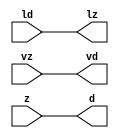
// ================================================================
// NVDLA Open Source Project
//
// Copyright(c) 2016 - 2017 NVIDIA Corporation. Licensed under the
// NVDLA Open Hardware License; Check "LICENSE" which comes with
// this distribution for more information.
// ================================================================
module FP16_TO_FP17_mgc_in_wire_wait_v1 (ld, vd, d, lz, vz, z);
  parameter integer rscid = 1;
  parameter integer width = 8;
  input ld;
  output vd;
  output [width-1:0] d;
  output lz;
  input vz;
  input [width-1:0] z;
  wire vd;
  wire [width-1:0] d;
  wire lz;
  assign d = z;
  assign lz = ld;
  assign vd = vz;
endmodule
//------> /home/tools/calypto/catapult-10.0-264918/Mgc_home/pkgs/siflibs/FP16_TO_FP17_mgc_out_stdreg_wait_v1.v
//------------------------------------------------------------------------------
// Catapult Synthesis - Sample I/O Port Library
//
// Copyright (c) 2003-2015 Mentor Graphics Corp.
// All Rights Reserved
//
// This document may be used and distributed without restriction provided that
// this copyright statement is not removed from the file and that any derivative
// work contains this copyright notice.
//
// The design information contained in this file is intended to be an example
// of the functionality which the end user may study in preparation for creating
// their own custom interfaces. This design does not necessarily present a
// complete implementation of the named protocol or standard.
//
//------------------------------------------------------------------------------
module FP16_TO_FP17_mgc_out_stdreg_wait_v1 (ld, vd, d, lz, vz, z);
  parameter integer rscid = 1;
  parameter integer width = 8;
  input ld;
  output vd;
  input [width-1:0] d;
  output lz;
  input vz;
  output [width-1:0] z;
  wire vd;
  wire lz;
  wire [width-1:0] z;
  assign z = d;
  assign lz = ld;
  assign vd = vz;
endmodule
//------> /home/tools/calypto/catapult-10.0-264918/Mgc_home/pkgs/siflibs/mgc_shift_l_beh_v4.v
module FP16_TO_FP17_mgc_shift_l_v4(a,s,z);
   parameter width_a = 4;
   parameter signd_a = 1;
   parameter width_s = 2;
   parameter width_z = 8;
   input [width_a-1:0] a;
   input [width_s-1:0] s;
   output [width_z -1:0] z;
   generate
   if (signd_a)
   begin: SIGNED
      assign z = fshl_u(a,s,a[width_a-1]);
   end
   else
   begin: UNSIGNED
      assign z = fshl_u(a,s,1'b0);
   end
   endgenerate
//Shift-left - unsigned shift argument one bit more
   function [width_z-1:0] fshl_u_1;
      input [width_a :0] arg1;
      input [width_s-1:0] arg2;
      input sbit;
      parameter olen = width_z;
      parameter ilen = width_a+1;
      parameter len = (ilen >= olen) ? ilen : olen;
      reg [len-1:0] result;
      reg [len-1:0] result_t;
      begin
        result_t = {(len){sbit}};
        result_t[ilen-1:0] = arg1;
        result = result_t <<< arg2;
        fshl_u_1 = result[olen-1:0];
      end
   endfunction // fshl_u
//Shift-left - unsigned shift argument
   function [width_z-1:0] fshl_u;
      input [width_a-1:0] arg1;
      input [width_s-1:0] arg2;
      input sbit;
      fshl_u = fshl_u_1({sbit,arg1} ,arg2, sbit);
   endfunction // fshl_u
endmodule
//------> ../td_ccore_solutions/leading_sign_10_0_9ac8f64992538a762a5a05a903e0d3de3d5a_0/rtl.v
// ----------------------------------------------------------------------
// HLS HDL: Verilog Netlister
// HLS Version: 10.0/264918 Production Release
// HLS Date: Mon Aug 8 13:35:54 PDT 2016
//
// Generated by: ezhang@hk-sim-11-197
// Generated date: Tue Nov 15 18:05:52 2016
// ----------------------------------------------------------------------
//
// ------------------------------------------------------------------
// Design Unit: FP16_TO_FP17_leading_sign_10_0
// ------------------------------------------------------------------
module FP16_TO_FP17_leading_sign_10_0 (
  mantissa, rtn
);
  input [9:0] mantissa;
  output [3:0] rtn;
// Interconnect Declarations
  wire IntLeadZero_10U_leading_sign_10_0_rtn_wrs_c_6_2_sdt_2;
  wire IntLeadZero_10U_leading_sign_10_0_rtn_wrs_c_18_3_sdt_3;
  wire IntLeadZero_10U_leading_sign_10_0_rtn_wrs_c_6_2_sdt_1;
  wire IntLeadZero_10U_leading_sign_10_0_rtn_wrs_c_14_2_sdt_1;
  wire c_h_1_2;
  wire c_h_1_3;
  wire IntLeadZero_10U_leading_sign_10_0_rtn_and_35_ssc;
  wire[0:0] IntLeadZero_10U_leading_sign_10_0_rtn_and_31_nl;
  wire[0:0] IntLeadZero_10U_leading_sign_10_0_rtn_IntLeadZero_10U_leading_sign_10_0_rtn_or_nl;
  wire[0:0] IntLeadZero_10U_leading_sign_10_0_rtn_IntLeadZero_10U_leading_sign_10_0_rtn_nor_6_nl;
// Interconnect Declarations for Component Instantiations
  assign IntLeadZero_10U_leading_sign_10_0_rtn_wrs_c_6_2_sdt_2 = ~((mantissa[7:6]!=2'b00));
  assign IntLeadZero_10U_leading_sign_10_0_rtn_wrs_c_6_2_sdt_1 = ~((mantissa[9:8]!=2'b00));
  assign IntLeadZero_10U_leading_sign_10_0_rtn_wrs_c_14_2_sdt_1 = ~((mantissa[5:4]!=2'b00));
  assign c_h_1_2 = IntLeadZero_10U_leading_sign_10_0_rtn_wrs_c_6_2_sdt_1 & IntLeadZero_10U_leading_sign_10_0_rtn_wrs_c_6_2_sdt_2;
  assign IntLeadZero_10U_leading_sign_10_0_rtn_wrs_c_18_3_sdt_3 = (mantissa[3:2]==2'b00)
      & IntLeadZero_10U_leading_sign_10_0_rtn_wrs_c_14_2_sdt_1;
  assign c_h_1_3 = c_h_1_2 & IntLeadZero_10U_leading_sign_10_0_rtn_wrs_c_18_3_sdt_3;
  assign IntLeadZero_10U_leading_sign_10_0_rtn_and_35_ssc = (mantissa[1:0]==2'b00)
      & c_h_1_3;
  assign IntLeadZero_10U_leading_sign_10_0_rtn_and_31_nl = c_h_1_2 & (~ IntLeadZero_10U_leading_sign_10_0_rtn_wrs_c_18_3_sdt_3);
  assign IntLeadZero_10U_leading_sign_10_0_rtn_IntLeadZero_10U_leading_sign_10_0_rtn_or_nl
      = (IntLeadZero_10U_leading_sign_10_0_rtn_wrs_c_6_2_sdt_1 & (IntLeadZero_10U_leading_sign_10_0_rtn_wrs_c_14_2_sdt_1
      | (~ IntLeadZero_10U_leading_sign_10_0_rtn_wrs_c_6_2_sdt_2)) & (~ c_h_1_3))
      | IntLeadZero_10U_leading_sign_10_0_rtn_and_35_ssc;
  assign IntLeadZero_10U_leading_sign_10_0_rtn_IntLeadZero_10U_leading_sign_10_0_rtn_nor_6_nl
      = ~((mantissa[9]) | (~((mantissa[8:7]!=2'b01))) | (((mantissa[5]) | (~((mantissa[4:3]!=2'b01))))
      & c_h_1_2) | ((mantissa[1]) & c_h_1_3) | IntLeadZero_10U_leading_sign_10_0_rtn_and_35_ssc);
  assign rtn = {c_h_1_3 , (IntLeadZero_10U_leading_sign_10_0_rtn_and_31_nl) , (IntLeadZero_10U_leading_sign_10_0_rtn_IntLeadZero_10U_leading_sign_10_0_rtn_or_nl)
      , (IntLeadZero_10U_leading_sign_10_0_rtn_IntLeadZero_10U_leading_sign_10_0_rtn_nor_6_nl)};
endmodule
//------> ./rtl.v
// ----------------------------------------------------------------------
// HLS HDL: Verilog Netlister
// HLS Version: 10.0/264918 Production Release
// HLS Date: Mon Aug 8 13:35:54 PDT 2016
//
// Generated by: ezhang@hk-sim-10-084
// Generated date: Mon Mar 20 14:08:26 2017
// ----------------------------------------------------------------------
//
// ------------------------------------------------------------------
// Design Unit: FP16_TO_FP17_chn_o_rsci_unreg
// ------------------------------------------------------------------
module FP16_TO_FP17_chn_o_rsci_unreg (
  in_0, outsig
);
  input in_0;
  output outsig;
// Interconnect Declarations for Component Instantiations
  assign outsig = in_0;
endmodule
// ------------------------------------------------------------------
// Design Unit: FP16_TO_FP17_chn_a_rsci_unreg
// ------------------------------------------------------------------
module FP16_TO_FP17_chn_a_rsci_unreg (
  in_0, outsig
);
  input in_0;
  output outsig;
// Interconnect Declarations for Component Instantiations
  assign outsig = in_0;
endmodule
// ------------------------------------------------------------------
// Design Unit: HLS_fp16_to_fp17_core_core_fsm
// FSM Module
// ------------------------------------------------------------------
module HLS_fp16_to_fp17_core_core_fsm (
  nvdla_core_clk, nvdla_core_rstn, core_wen, fsm_output
);
  input nvdla_core_clk;
  input nvdla_core_rstn;
  input core_wen;
  output [1:0] fsm_output;
  reg [1:0] fsm_output;
// FSM State Type Declaration for HLS_fp16_to_fp17_core_core_fsm_1
  parameter
    core_rlp_C_0 = 1'd0,
    main_C_0 = 1'd1;
  reg [0:0] state_var;
  reg [0:0] state_var_NS;
// Interconnect Declarations for Component Instantiations
  always @(*)
  begin : HLS_fp16_to_fp17_core_core_fsm_1
    case (state_var)
      main_C_0 : begin
        fsm_output = 2'b10;
        state_var_NS = main_C_0;
      end
// core_rlp_C_0
      default : begin
        fsm_output = 2'b1;
        state_var_NS = main_C_0;
      end
    endcase
  end
  always @(posedge nvdla_core_clk or negedge nvdla_core_rstn) begin
    if ( ~ nvdla_core_rstn ) begin
      state_var <= core_rlp_C_0;
    end
    else if ( core_wen ) begin
      state_var <= state_var_NS;
    end
  end
endmodule
// ------------------------------------------------------------------
// Design Unit: HLS_fp16_to_fp17_core_staller
// ------------------------------------------------------------------
module HLS_fp16_to_fp17_core_staller (
  nvdla_core_clk, nvdla_core_rstn, core_wen, chn_a_rsci_wen_comp, core_wten, chn_o_rsci_wen_comp
);
  input nvdla_core_clk;
  input nvdla_core_rstn;
  output core_wen;
  input chn_a_rsci_wen_comp;
  output core_wten;
  reg core_wten;
  input chn_o_rsci_wen_comp;
// Interconnect Declarations for Component Instantiations
  assign core_wen = chn_a_rsci_wen_comp & chn_o_rsci_wen_comp;
  always @(posedge nvdla_core_clk or negedge nvdla_core_rstn) begin
    if ( ~ nvdla_core_rstn ) begin
      core_wten <= 1'b0;
    end
    else begin
      core_wten <= ~ core_wen;
    end
  end
endmodule
// ------------------------------------------------------------------
// Design Unit: HLS_fp16_to_fp17_core_chn_o_rsci_chn_o_wait_dp
// ------------------------------------------------------------------
module HLS_fp16_to_fp17_core_chn_o_rsci_chn_o_wait_dp (
  nvdla_core_clk, nvdla_core_rstn, chn_o_rsci_oswt, chn_o_rsci_bawt, chn_o_rsci_wen_comp,
      chn_o_rsci_biwt, chn_o_rsci_bdwt
);
  input nvdla_core_clk;
  input nvdla_core_rstn;
  input chn_o_rsci_oswt;
  output chn_o_rsci_bawt;
  output chn_o_rsci_wen_comp;
  input chn_o_rsci_biwt;
  input chn_o_rsci_bdwt;
// Interconnect Declarations
  reg chn_o_rsci_bcwt;
// Interconnect Declarations for Component Instantiations
  assign chn_o_rsci_bawt = chn_o_rsci_biwt | chn_o_rsci_bcwt;
  assign chn_o_rsci_wen_comp = (~ chn_o_rsci_oswt) | chn_o_rsci_bawt;
  always @(posedge nvdla_core_clk or negedge nvdla_core_rstn) begin
    if ( ~ nvdla_core_rstn ) begin
      chn_o_rsci_bcwt <= 1'b0;
    end
    else begin
      chn_o_rsci_bcwt <= ~((~(chn_o_rsci_bcwt | chn_o_rsci_biwt)) | chn_o_rsci_bdwt);
    end
  end
endmodule
// ------------------------------------------------------------------
// Design Unit: HLS_fp16_to_fp17_core_chn_o_rsci_chn_o_wait_ctrl
// ------------------------------------------------------------------
module HLS_fp16_to_fp17_core_chn_o_rsci_chn_o_wait_ctrl (
  nvdla_core_clk, nvdla_core_rstn, chn_o_rsci_oswt, core_wen, core_wten, chn_o_rsci_iswt0,
      chn_o_rsci_ld_core_psct, chn_o_rsci_biwt, chn_o_rsci_bdwt, chn_o_rsci_ld_core_sct,
      chn_o_rsci_vd
);
  input nvdla_core_clk;
  input nvdla_core_rstn;
  input chn_o_rsci_oswt;
  input core_wen;
  input core_wten;
  input chn_o_rsci_iswt0;
  input chn_o_rsci_ld_core_psct;
  output chn_o_rsci_biwt;
  output chn_o_rsci_bdwt;
  output chn_o_rsci_ld_core_sct;
  input chn_o_rsci_vd;
// Interconnect Declarations
  wire chn_o_rsci_ogwt;
  wire chn_o_rsci_pdswt0;
  reg chn_o_rsci_icwt;
// Interconnect Declarations for Component Instantiations
  assign chn_o_rsci_pdswt0 = (~ core_wten) & chn_o_rsci_iswt0;
  assign chn_o_rsci_biwt = chn_o_rsci_ogwt & chn_o_rsci_vd;
  assign chn_o_rsci_ogwt = chn_o_rsci_pdswt0 | chn_o_rsci_icwt;
  assign chn_o_rsci_bdwt = chn_o_rsci_oswt & core_wen;
  assign chn_o_rsci_ld_core_sct = chn_o_rsci_ld_core_psct & chn_o_rsci_ogwt;
  always @(posedge nvdla_core_clk or negedge nvdla_core_rstn) begin
    if ( ~ nvdla_core_rstn ) begin
      chn_o_rsci_icwt <= 1'b0;
    end
    else begin
      chn_o_rsci_icwt <= ~((~(chn_o_rsci_icwt | chn_o_rsci_pdswt0)) | chn_o_rsci_biwt);
    end
  end
endmodule
// ------------------------------------------------------------------
// Design Unit: HLS_fp16_to_fp17_core_chn_a_rsci_chn_a_wait_dp
// ------------------------------------------------------------------
module HLS_fp16_to_fp17_core_chn_a_rsci_chn_a_wait_dp (
  nvdla_core_clk, nvdla_core_rstn, chn_a_rsci_oswt, chn_a_rsci_bawt, chn_a_rsci_wen_comp,
      chn_a_rsci_d_mxwt, chn_a_rsci_biwt, chn_a_rsci_bdwt, chn_a_rsci_d
);
  input nvdla_core_clk;
  input nvdla_core_rstn;
  input chn_a_rsci_oswt;
  output chn_a_rsci_bawt;
  output chn_a_rsci_wen_comp;
  output [15:0] chn_a_rsci_d_mxwt;
  input chn_a_rsci_biwt;
  input chn_a_rsci_bdwt;
  input [15:0] chn_a_rsci_d;
// Interconnect Declarations
  reg chn_a_rsci_bcwt;
  reg [15:0] chn_a_rsci_d_bfwt;
// Interconnect Declarations for Component Instantiations
  assign chn_a_rsci_bawt = chn_a_rsci_biwt | chn_a_rsci_bcwt;
  assign chn_a_rsci_wen_comp = (~ chn_a_rsci_oswt) | chn_a_rsci_bawt;
  assign chn_a_rsci_d_mxwt = MUX_v_16_2_2(chn_a_rsci_d, chn_a_rsci_d_bfwt, chn_a_rsci_bcwt);
  always @(posedge nvdla_core_clk or negedge nvdla_core_rstn) begin
    if ( ~ nvdla_core_rstn ) begin
      chn_a_rsci_bcwt <= 1'b0;
      chn_a_rsci_d_bfwt <= 16'b0;
    end
    else begin
      chn_a_rsci_bcwt <= ~((~(chn_a_rsci_bcwt | chn_a_rsci_biwt)) | chn_a_rsci_bdwt);
      chn_a_rsci_d_bfwt <= chn_a_rsci_d_mxwt;
    end
  end
  function [15:0] MUX_v_16_2_2;
    input [15:0] input_0;
    input [15:0] input_1;
    input [0:0] sel;
    reg [15:0] result;
  begin
    case (sel)
      1'b0 : begin
        result = input_0;
      end
      default : begin
        result = input_1;
      end
    endcase
    MUX_v_16_2_2 = result;
  end
  endfunction
endmodule
// ------------------------------------------------------------------
// Design Unit: HLS_fp16_to_fp17_core_chn_a_rsci_chn_a_wait_ctrl
// ------------------------------------------------------------------
module HLS_fp16_to_fp17_core_chn_a_rsci_chn_a_wait_ctrl (
  nvdla_core_clk, nvdla_core_rstn, chn_a_rsci_oswt, core_wen, chn_a_rsci_iswt0, chn_a_rsci_ld_core_psct,
      core_wten, chn_a_rsci_biwt, chn_a_rsci_bdwt, chn_a_rsci_ld_core_sct, chn_a_rsci_vd
);
  input nvdla_core_clk;
  input nvdla_core_rstn;
  input chn_a_rsci_oswt;
  input core_wen;
  input chn_a_rsci_iswt0;
  input chn_a_rsci_ld_core_psct;
  input core_wten;
  output chn_a_rsci_biwt;
  output chn_a_rsci_bdwt;
  output chn_a_rsci_ld_core_sct;
  input chn_a_rsci_vd;
// Interconnect Declarations
  wire chn_a_rsci_ogwt;
  wire chn_a_rsci_pdswt0;
  reg chn_a_rsci_icwt;
// Interconnect Declarations for Component Instantiations
  assign chn_a_rsci_pdswt0 = (~ core_wten) & chn_a_rsci_iswt0;
  assign chn_a_rsci_biwt = chn_a_rsci_ogwt & chn_a_rsci_vd;
  assign chn_a_rsci_ogwt = chn_a_rsci_pdswt0 | chn_a_rsci_icwt;
  assign chn_a_rsci_bdwt = chn_a_rsci_oswt & core_wen;
  assign chn_a_rsci_ld_core_sct = chn_a_rsci_ld_core_psct & chn_a_rsci_ogwt;
  always @(posedge nvdla_core_clk or negedge nvdla_core_rstn) begin
    if ( ~ nvdla_core_rstn ) begin
      chn_a_rsci_icwt <= 1'b0;
    end
    else begin
      chn_a_rsci_icwt <= ~((~(chn_a_rsci_icwt | chn_a_rsci_pdswt0)) | chn_a_rsci_biwt);
    end
  end
endmodule
// ------------------------------------------------------------------
// Design Unit: HLS_fp16_to_fp17_core_chn_o_rsci
// ------------------------------------------------------------------
module HLS_fp16_to_fp17_core_chn_o_rsci (
  nvdla_core_clk, nvdla_core_rstn, chn_o_rsc_z, chn_o_rsc_vz, chn_o_rsc_lz, chn_o_rsci_oswt,
      core_wen, core_wten, chn_o_rsci_iswt0, chn_o_rsci_bawt, chn_o_rsci_wen_comp,
      chn_o_rsci_ld_core_psct, chn_o_rsci_d
);
  input nvdla_core_clk;
  input nvdla_core_rstn;
  output [16:0] chn_o_rsc_z;
  input chn_o_rsc_vz;
  output chn_o_rsc_lz;
  input chn_o_rsci_oswt;
  input core_wen;
  input core_wten;
  input chn_o_rsci_iswt0;
  output chn_o_rsci_bawt;
  output chn_o_rsci_wen_comp;
  input chn_o_rsci_ld_core_psct;
  input [16:0] chn_o_rsci_d;
// Interconnect Declarations
  wire chn_o_rsci_biwt;
  wire chn_o_rsci_bdwt;
  wire chn_o_rsci_ld_core_sct;
  wire chn_o_rsci_vd;
// Interconnect Declarations for Component Instantiations
  FP16_TO_FP17_mgc_out_stdreg_wait_v1 #(.rscid(32'sd2),
  .width(32'sd17)) chn_o_rsci (
      .ld(chn_o_rsci_ld_core_sct),
      .vd(chn_o_rsci_vd),
      .d(chn_o_rsci_d),
      .lz(chn_o_rsc_lz),
      .vz(chn_o_rsc_vz),
      .z(chn_o_rsc_z)
    );
  HLS_fp16_to_fp17_core_chn_o_rsci_chn_o_wait_ctrl HLS_fp16_to_fp17_core_chn_o_rsci_chn_o_wait_ctrl_inst
      (
      .nvdla_core_clk(nvdla_core_clk),
      .nvdla_core_rstn(nvdla_core_rstn),
      .chn_o_rsci_oswt(chn_o_rsci_oswt),
      .core_wen(core_wen),
      .core_wten(core_wten),
      .chn_o_rsci_iswt0(chn_o_rsci_iswt0),
      .chn_o_rsci_ld_core_psct(chn_o_rsci_ld_core_psct),
      .chn_o_rsci_biwt(chn_o_rsci_biwt),
      .chn_o_rsci_bdwt(chn_o_rsci_bdwt),
      .chn_o_rsci_ld_core_sct(chn_o_rsci_ld_core_sct),
      .chn_o_rsci_vd(chn_o_rsci_vd)
    );
  HLS_fp16_to_fp17_core_chn_o_rsci_chn_o_wait_dp HLS_fp16_to_fp17_core_chn_o_rsci_chn_o_wait_dp_inst
      (
      .nvdla_core_clk(nvdla_core_clk),
      .nvdla_core_rstn(nvdla_core_rstn),
      .chn_o_rsci_oswt(chn_o_rsci_oswt),
      .chn_o_rsci_bawt(chn_o_rsci_bawt),
      .chn_o_rsci_wen_comp(chn_o_rsci_wen_comp),
      .chn_o_rsci_biwt(chn_o_rsci_biwt),
      .chn_o_rsci_bdwt(chn_o_rsci_bdwt)
    );
endmodule
// ------------------------------------------------------------------
// Design Unit: HLS_fp16_to_fp17_core_chn_a_rsci
// ------------------------------------------------------------------
module HLS_fp16_to_fp17_core_chn_a_rsci (
  nvdla_core_clk, nvdla_core_rstn, chn_a_rsc_z, chn_a_rsc_vz, chn_a_rsc_lz, chn_a_rsci_oswt,
      core_wen, chn_a_rsci_iswt0, chn_a_rsci_bawt, chn_a_rsci_wen_comp, chn_a_rsci_ld_core_psct,
      chn_a_rsci_d_mxwt, core_wten
);
  input nvdla_core_clk;
  input nvdla_core_rstn;
  input [15:0] chn_a_rsc_z;
  input chn_a_rsc_vz;
  output chn_a_rsc_lz;
  input chn_a_rsci_oswt;
  input core_wen;
  input chn_a_rsci_iswt0;
  output chn_a_rsci_bawt;
  output chn_a_rsci_wen_comp;
  input chn_a_rsci_ld_core_psct;
  output [15:0] chn_a_rsci_d_mxwt;
  input core_wten;
// Interconnect Declarations
  wire chn_a_rsci_biwt;
  wire chn_a_rsci_bdwt;
  wire chn_a_rsci_ld_core_sct;
  wire chn_a_rsci_vd;
  wire [15:0] chn_a_rsci_d;
// Interconnect Declarations for Component Instantiations
  FP16_TO_FP17_mgc_in_wire_wait_v1 #(.rscid(32'sd1),
  .width(32'sd16)) chn_a_rsci (
      .ld(chn_a_rsci_ld_core_sct),
      .vd(chn_a_rsci_vd),
      .d(chn_a_rsci_d),
      .lz(chn_a_rsc_lz),
      .vz(chn_a_rsc_vz),
      .z(chn_a_rsc_z)
    );
  HLS_fp16_to_fp17_core_chn_a_rsci_chn_a_wait_ctrl HLS_fp16_to_fp17_core_chn_a_rsci_chn_a_wait_ctrl_inst
      (
      .nvdla_core_clk(nvdla_core_clk),
      .nvdla_core_rstn(nvdla_core_rstn),
      .chn_a_rsci_oswt(chn_a_rsci_oswt),
      .core_wen(core_wen),
      .chn_a_rsci_iswt0(chn_a_rsci_iswt0),
      .chn_a_rsci_ld_core_psct(chn_a_rsci_ld_core_psct),
      .core_wten(core_wten),
      .chn_a_rsci_biwt(chn_a_rsci_biwt),
      .chn_a_rsci_bdwt(chn_a_rsci_bdwt),
      .chn_a_rsci_ld_core_sct(chn_a_rsci_ld_core_sct),
      .chn_a_rsci_vd(chn_a_rsci_vd)
    );
  HLS_fp16_to_fp17_core_chn_a_rsci_chn_a_wait_dp HLS_fp16_to_fp17_core_chn_a_rsci_chn_a_wait_dp_inst
      (
      .nvdla_core_clk(nvdla_core_clk),
      .nvdla_core_rstn(nvdla_core_rstn),
      .chn_a_rsci_oswt(chn_a_rsci_oswt),
      .chn_a_rsci_bawt(chn_a_rsci_bawt),
      .chn_a_rsci_wen_comp(chn_a_rsci_wen_comp),
      .chn_a_rsci_d_mxwt(chn_a_rsci_d_mxwt),
      .chn_a_rsci_biwt(chn_a_rsci_biwt),
      .chn_a_rsci_bdwt(chn_a_rsci_bdwt),
      .chn_a_rsci_d(chn_a_rsci_d)
    );
endmodule
// ------------------------------------------------------------------
// Design Unit: HLS_fp16_to_fp17_core
// ------------------------------------------------------------------
module HLS_fp16_to_fp17_core (
  nvdla_core_clk, nvdla_core_rstn, chn_a_rsc_z, chn_a_rsc_vz, chn_a_rsc_lz, chn_o_rsc_z,
      chn_o_rsc_vz, chn_o_rsc_lz, chn_a_rsci_oswt, chn_a_rsci_oswt_unreg, chn_o_rsci_oswt,
      chn_o_rsci_oswt_unreg
);
  input nvdla_core_clk;
  input nvdla_core_rstn;
  input [15:0] chn_a_rsc_z;
  input chn_a_rsc_vz;
  output chn_a_rsc_lz;
  output [16:0] chn_o_rsc_z;
  input chn_o_rsc_vz;
  output chn_o_rsc_lz;
  input chn_a_rsci_oswt;
  output chn_a_rsci_oswt_unreg;
  input chn_o_rsci_oswt;
  output chn_o_rsci_oswt_unreg;
// Interconnect Declarations
  wire core_wen;
  reg chn_a_rsci_iswt0;
  wire chn_a_rsci_bawt;
  wire chn_a_rsci_wen_comp;
  reg chn_a_rsci_ld_core_psct;
  wire [15:0] chn_a_rsci_d_mxwt;
  wire core_wten;
  wire chn_o_rsci_bawt;
  wire chn_o_rsci_wen_comp;
  reg chn_o_rsci_d_16;
  reg [3:0] chn_o_rsci_d_13_10;
  reg [9:0] chn_o_rsci_d_9_0;
  reg chn_o_rsci_d_15;
  reg chn_o_rsci_d_14;
  wire [1:0] fsm_output;
  wire IsDenorm_5U_10U_or_tmp;
  wire and_dcpl_2;
  wire and_dcpl_8;
  wire and_dcpl_9;
  wire and_dcpl_13;
  wire or_dcpl_8;
  wire and_dcpl_19;
  wire and_38_cse;
  wire and_4_mdf;
  wire IsDenorm_5U_10U_land_lpi_1_dfm;
  wire IsInf_5U_10U_land_lpi_1_dfm;
  wire IsInf_5U_10U_IsInf_5U_10U_and_cse_sva;
  wire IsZero_5U_10U_IsZero_5U_10U_nor_cse_sva;
  wire chn_o_and_1_cse;
  reg reg_chn_o_rsci_iswt0_cse;
  reg reg_chn_o_rsci_ld_core_psct_cse;
  wire or_cse;
  wire and_6_cse;
  wire chn_o_rsci_d_9_0_mx0c1;
  wire FpExpoWidthInc_5U_6U_10U_1U_1U_FpExpoWidthInc_5U_6U_10U_1U_1U_nor_1_cse;
  wire [9:0] FpExpoWidthInc_5U_6U_10U_1U_1U_if_1_if_lshift_itm;
  wire chn_a_rsci_ld_core_psct_mx0c0;
  wire [4:0] FpExpoWidthInc_5U_6U_10U_1U_1U_if_1_if_acc_psp_sva;
  wire [5:0] nl_FpExpoWidthInc_5U_6U_10U_1U_1U_if_1_if_acc_psp_sva;
  wire IsNaN_5U_10U_land_lpi_1_dfm;
  wire [3:0] libraries_leading_sign_10_0_9ac8f64992538a762a5a05a903e0d3de3d5a_1;
  wire[0:0] iExpoWidth_oExpoWidth_prb;
  wire[0:0] FpExpoWidthInc_5U_6U_10U_1U_1U_if_1_mux_2_nl;
  wire[0:0] FpExpoWidthInc_5U_6U_10U_1U_1U_FpExpoWidthInc_5U_6U_10U_1U_1U_FpExpoWidthInc_5U_6U_10U_1U_1U_nor_nl;
  wire[9:0] FpExpoWidthInc_5U_6U_10U_1U_1U_FpExpoWidthInc_5U_6U_10U_1U_1U_or_1_nl;
  wire[0:0] nand_8_nl;
  wire[3:0] FpExpoWidthInc_5U_6U_10U_1U_1U_FpExpoWidthInc_5U_6U_10U_1U_1U_mux1h_nl;
// Interconnect Declarations for Component Instantiations
  wire [8:0] nl_FpExpoWidthInc_5U_6U_10U_1U_1U_if_1_if_lshift_rg_a;
  assign nl_FpExpoWidthInc_5U_6U_10U_1U_1U_if_1_if_lshift_rg_a = chn_a_rsci_d_mxwt[8:0];
  wire [5:0] nl_FpExpoWidthInc_5U_6U_10U_1U_1U_if_1_if_lshift_rg_s;
  assign nl_FpExpoWidthInc_5U_6U_10U_1U_1U_if_1_if_lshift_rg_s = conv_u2u_4_5(libraries_leading_sign_10_0_9ac8f64992538a762a5a05a903e0d3de3d5a_1)
      + 5'b1;
  wire [9:0] nl_leading_sign_10_0_rg_mantissa;
  assign nl_leading_sign_10_0_rg_mantissa = chn_a_rsci_d_mxwt[9:0];
  wire [16:0] nl_HLS_fp16_to_fp17_core_chn_o_rsci_inst_chn_o_rsci_d;
  assign nl_HLS_fp16_to_fp17_core_chn_o_rsci_inst_chn_o_rsci_d = {chn_o_rsci_d_16
      , chn_o_rsci_d_15 , chn_o_rsci_d_14 , chn_o_rsci_d_13_10 , chn_o_rsci_d_9_0};
  FP16_TO_FP17_mgc_shift_l_v4 #(.width_a(32'sd9),
  .signd_a(32'sd1),
  .width_s(32'sd5),
  .width_z(32'sd10)) FpExpoWidthInc_5U_6U_10U_1U_1U_if_1_if_lshift_rg (
      .a(nl_FpExpoWidthInc_5U_6U_10U_1U_1U_if_1_if_lshift_rg_a[8:0]),
      .s(nl_FpExpoWidthInc_5U_6U_10U_1U_1U_if_1_if_lshift_rg_s[4:0]),
      .z(FpExpoWidthInc_5U_6U_10U_1U_1U_if_1_if_lshift_itm)
    );
  FP16_TO_FP17_leading_sign_10_0 leading_sign_10_0_rg (
      .mantissa(nl_leading_sign_10_0_rg_mantissa[9:0]),
      .rtn(libraries_leading_sign_10_0_9ac8f64992538a762a5a05a903e0d3de3d5a_1)
    );
  HLS_fp16_to_fp17_core_chn_a_rsci HLS_fp16_to_fp17_core_chn_a_rsci_inst (
      .nvdla_core_clk(nvdla_core_clk),
      .nvdla_core_rstn(nvdla_core_rstn),
      .chn_a_rsc_z(chn_a_rsc_z),
      .chn_a_rsc_vz(chn_a_rsc_vz),
      .chn_a_rsc_lz(chn_a_rsc_lz),
      .chn_a_rsci_oswt(chn_a_rsci_oswt),
      .core_wen(core_wen),
      .chn_a_rsci_iswt0(chn_a_rsci_iswt0),
      .chn_a_rsci_bawt(chn_a_rsci_bawt),
      .chn_a_rsci_wen_comp(chn_a_rsci_wen_comp),
      .chn_a_rsci_ld_core_psct(chn_a_rsci_ld_core_psct),
      .chn_a_rsci_d_mxwt(chn_a_rsci_d_mxwt),
      .core_wten(core_wten)
    );
  HLS_fp16_to_fp17_core_chn_o_rsci HLS_fp16_to_fp17_core_chn_o_rsci_inst (
      .nvdla_core_clk(nvdla_core_clk),
      .nvdla_core_rstn(nvdla_core_rstn),
      .chn_o_rsc_z(chn_o_rsc_z),
      .chn_o_rsc_vz(chn_o_rsc_vz),
      .chn_o_rsc_lz(chn_o_rsc_lz),
      .chn_o_rsci_oswt(chn_o_rsci_oswt),
      .core_wen(core_wen),
      .core_wten(core_wten),
      .chn_o_rsci_iswt0(reg_chn_o_rsci_iswt0_cse),
      .chn_o_rsci_bawt(chn_o_rsci_bawt),
      .chn_o_rsci_wen_comp(chn_o_rsci_wen_comp),
      .chn_o_rsci_ld_core_psct(reg_chn_o_rsci_ld_core_psct_cse),
      .chn_o_rsci_d(nl_HLS_fp16_to_fp17_core_chn_o_rsci_inst_chn_o_rsci_d[16:0])
    );
  HLS_fp16_to_fp17_core_staller HLS_fp16_to_fp17_core_staller_inst (
      .nvdla_core_clk(nvdla_core_clk),
      .nvdla_core_rstn(nvdla_core_rstn),
      .core_wen(core_wen),
      .chn_a_rsci_wen_comp(chn_a_rsci_wen_comp),
      .core_wten(core_wten),
      .chn_o_rsci_wen_comp(chn_o_rsci_wen_comp)
    );
  HLS_fp16_to_fp17_core_core_fsm HLS_fp16_to_fp17_core_core_fsm_inst (
      .nvdla_core_clk(nvdla_core_clk),
      .nvdla_core_rstn(nvdla_core_rstn),
      .core_wen(core_wen),
      .fsm_output(fsm_output)
    );
  assign and_6_cse = and_4_mdf & (fsm_output[1]);
  assign iExpoWidth_oExpoWidth_prb = MUX_s_1_2_2((MUX1HOT_s_1_1_2(1'b1, fsm_output[0])),
      (MUX1HOT_s_1_1_2(1'b1, and_6_cse)), fsm_output[1]);
// assert(iExpoWidth <= oExpoWidth) - ../include/nvdla_float.h: line 477
// PSL HLS_fp16_to_fp17_core_nvdla_float_h_ln477_assert_iExpoWidth_le_oExpoWidth : assert { iExpoWidth_oExpoWidth_prb } @rose(nvdla_core_clk);
  assign chn_o_and_1_cse = core_wen & (~(and_38_cse | (fsm_output[0])));
  assign nl_FpExpoWidthInc_5U_6U_10U_1U_1U_if_1_if_acc_psp_sva = ({1'b1 , (~ libraries_leading_sign_10_0_9ac8f64992538a762a5a05a903e0d3de3d5a_1)})
      + 5'b10001;
  assign FpExpoWidthInc_5U_6U_10U_1U_1U_if_1_if_acc_psp_sva = nl_FpExpoWidthInc_5U_6U_10U_1U_1U_if_1_if_acc_psp_sva[4:0];
  assign FpExpoWidthInc_5U_6U_10U_1U_1U_FpExpoWidthInc_5U_6U_10U_1U_1U_nor_1_cse
      = ~(IsDenorm_5U_10U_land_lpi_1_dfm | IsInf_5U_10U_land_lpi_1_dfm);
  assign IsInf_5U_10U_land_lpi_1_dfm = ~((chn_a_rsci_d_mxwt[9:0]!=10'b0000000000)
      | (~ IsInf_5U_10U_IsInf_5U_10U_and_cse_sva));
  assign IsNaN_5U_10U_land_lpi_1_dfm = IsDenorm_5U_10U_or_tmp & IsInf_5U_10U_IsInf_5U_10U_and_cse_sva;
  assign IsZero_5U_10U_IsZero_5U_10U_nor_cse_sva = ~((chn_a_rsci_d_mxwt[14:10]!=5'b00000));
  assign IsDenorm_5U_10U_land_lpi_1_dfm = IsDenorm_5U_10U_or_tmp & IsZero_5U_10U_IsZero_5U_10U_nor_cse_sva;
  assign IsDenorm_5U_10U_or_tmp = (chn_a_rsci_d_mxwt[9:0]!=10'b0000000000);
  assign IsInf_5U_10U_IsInf_5U_10U_and_cse_sva = (chn_a_rsci_d_mxwt[14:10]==5'b11111);
  assign or_cse = chn_o_rsci_bawt | (~ reg_chn_o_rsci_ld_core_psct_cse);
  assign and_4_mdf = chn_a_rsci_bawt & or_cse;
  assign and_dcpl_2 = chn_o_rsci_bawt & reg_chn_o_rsci_ld_core_psct_cse;
  assign and_dcpl_8 = (chn_a_rsci_d_mxwt[14:12]==3'b111) & IsDenorm_5U_10U_or_tmp;
  assign and_dcpl_9 = (chn_a_rsci_d_mxwt[11:10]==2'b11);
  assign and_dcpl_13 = and_dcpl_2 & chn_a_rsci_bawt;
  assign or_dcpl_8 = (chn_a_rsci_d_mxwt[12:10]!=3'b111) | (~((chn_a_rsci_d_mxwt[14:13]==2'b11)
      & IsDenorm_5U_10U_or_tmp));
  assign and_dcpl_19 = and_dcpl_2 & (~ chn_a_rsci_bawt);
  assign and_38_cse = ~((~((~ chn_o_rsci_bawt) & reg_chn_o_rsci_ld_core_psct_cse))
      & chn_a_rsci_bawt);
  assign chn_a_rsci_ld_core_psct_mx0c0 = and_4_mdf | (fsm_output[0]);
  assign chn_o_rsci_d_9_0_mx0c1 = (or_dcpl_8 & or_cse & chn_a_rsci_bawt & (fsm_output[1]))
      | (or_dcpl_8 & and_dcpl_13);
  assign chn_a_rsci_oswt_unreg = and_6_cse;
  assign chn_o_rsci_oswt_unreg = and_dcpl_2;
  always @(posedge nvdla_core_clk or negedge nvdla_core_rstn) begin
    if ( ~ nvdla_core_rstn ) begin
      chn_a_rsci_iswt0 <= 1'b0;
      reg_chn_o_rsci_iswt0_cse <= 1'b0;
    end
    else if ( core_wen ) begin
      chn_a_rsci_iswt0 <= ~((~ and_4_mdf) & (fsm_output[1]));
      reg_chn_o_rsci_iswt0_cse <= and_6_cse;
    end
  end
  always @(posedge nvdla_core_clk or negedge nvdla_core_rstn) begin
    if ( ~ nvdla_core_rstn ) begin
      chn_a_rsci_ld_core_psct <= 1'b0;
    end
    else if ( core_wen & chn_a_rsci_ld_core_psct_mx0c0 ) begin
      chn_a_rsci_ld_core_psct <= chn_a_rsci_ld_core_psct_mx0c0;
    end
  end
  always @(posedge nvdla_core_clk or negedge nvdla_core_rstn) begin
    if ( ~ nvdla_core_rstn ) begin
      chn_o_rsci_d_14 <= 1'b0;
    end
    else if ( core_wen & (~(and_38_cse | ((~(chn_o_rsci_bawt & reg_chn_o_rsci_ld_core_psct_cse
        & chn_a_rsci_bawt)) & (fsm_output[0])))) ) begin
      chn_o_rsci_d_14 <= (FpExpoWidthInc_5U_6U_10U_1U_1U_if_1_mux_2_nl) | IsInf_5U_10U_land_lpi_1_dfm
          | IsNaN_5U_10U_land_lpi_1_dfm;
    end
  end
  always @(posedge nvdla_core_clk or negedge nvdla_core_rstn) begin
    if ( ~ nvdla_core_rstn ) begin
      chn_o_rsci_d_15 <= 1'b0;
      chn_o_rsci_d_13_10 <= 4'b0;
      chn_o_rsci_d_16 <= 1'b0;
    end
    else if ( chn_o_and_1_cse ) begin
      chn_o_rsci_d_15 <= chn_a_rsci_d_mxwt[14];
      chn_o_rsci_d_13_10 <= MUX_v_4_2_2((FpExpoWidthInc_5U_6U_10U_1U_1U_FpExpoWidthInc_5U_6U_10U_1U_1U_mux1h_nl),
          4'b1111, IsNaN_5U_10U_land_lpi_1_dfm);
      chn_o_rsci_d_16 <= chn_a_rsci_d_mxwt[15];
    end
  end
  always @(posedge nvdla_core_clk or negedge nvdla_core_rstn) begin
    if ( ~ nvdla_core_rstn ) begin
      chn_o_rsci_d_9_0 <= 10'b0;
    end
    else if ( core_wen & ((and_4_mdf & and_dcpl_9 & and_dcpl_8 & (fsm_output[1]))
        | (and_dcpl_13 & and_dcpl_9 & and_dcpl_8) | chn_o_rsci_d_9_0_mx0c1) ) begin
      chn_o_rsci_d_9_0 <= MUX_v_10_2_2((FpExpoWidthInc_5U_6U_10U_1U_1U_FpExpoWidthInc_5U_6U_10U_1U_1U_or_1_nl),
          (chn_a_rsci_d_mxwt[9:0]), nand_8_nl);
    end
  end
  always @(posedge nvdla_core_clk or negedge nvdla_core_rstn) begin
    if ( ~ nvdla_core_rstn ) begin
      reg_chn_o_rsci_ld_core_psct_cse <= 1'b0;
    end
    else if ( core_wen & (and_6_cse | and_dcpl_19) ) begin
      reg_chn_o_rsci_ld_core_psct_cse <= ~ and_dcpl_19;
    end
  end
  assign FpExpoWidthInc_5U_6U_10U_1U_1U_FpExpoWidthInc_5U_6U_10U_1U_1U_FpExpoWidthInc_5U_6U_10U_1U_1U_nor_nl
      = ~((chn_a_rsci_d_mxwt[14]) | (~((chn_a_rsci_d_mxwt[9:0]!=10'b0000000000) |
      (~ IsZero_5U_10U_IsZero_5U_10U_nor_cse_sva))));
  assign FpExpoWidthInc_5U_6U_10U_1U_1U_if_1_mux_2_nl = MUX_s_1_2_2((FpExpoWidthInc_5U_6U_10U_1U_1U_FpExpoWidthInc_5U_6U_10U_1U_1U_FpExpoWidthInc_5U_6U_10U_1U_1U_nor_nl),
      (FpExpoWidthInc_5U_6U_10U_1U_1U_if_1_if_acc_psp_sva[4]), IsDenorm_5U_10U_land_lpi_1_dfm);
  assign FpExpoWidthInc_5U_6U_10U_1U_1U_FpExpoWidthInc_5U_6U_10U_1U_1U_mux1h_nl =
      MUX1HOT_v_4_3_2((chn_a_rsci_d_mxwt[13:10]), (FpExpoWidthInc_5U_6U_10U_1U_1U_if_1_if_acc_psp_sva[3:0]),
      4'b1110, {FpExpoWidthInc_5U_6U_10U_1U_1U_FpExpoWidthInc_5U_6U_10U_1U_1U_nor_1_cse
      , IsDenorm_5U_10U_land_lpi_1_dfm , IsInf_5U_10U_land_lpi_1_dfm});
  assign FpExpoWidthInc_5U_6U_10U_1U_1U_FpExpoWidthInc_5U_6U_10U_1U_1U_or_1_nl =
      MUX_v_10_2_2(FpExpoWidthInc_5U_6U_10U_1U_1U_if_1_if_lshift_itm, 10'b1111111111,
      IsInf_5U_10U_land_lpi_1_dfm);
  assign nand_8_nl = ~((~ FpExpoWidthInc_5U_6U_10U_1U_1U_FpExpoWidthInc_5U_6U_10U_1U_1U_nor_1_cse)
      & chn_o_rsci_d_9_0_mx0c1);
  function [0:0] MUX1HOT_s_1_1_2;
    input [0:0] input_0;
    input [0:0] sel;
    reg [0:0] result;
  begin
    result = input_0 & {1{sel[0]}};
    MUX1HOT_s_1_1_2 = result;
  end
  endfunction
  function [3:0] MUX1HOT_v_4_3_2;
    input [3:0] input_2;
    input [3:0] input_1;
    input [3:0] input_0;
    input [2:0] sel;
    reg [3:0] result;
  begin
    result = input_0 & {4{sel[0]}};
    result = result | ( input_1 & {4{sel[1]}});
    result = result | ( input_2 & {4{sel[2]}});
    MUX1HOT_v_4_3_2 = result;
  end
  endfunction
  function [0:0] MUX_s_1_2_2;
    input [0:0] input_0;
    input [0:0] input_1;
    input [0:0] sel;
    reg [0:0] result;
  begin
    case (sel)
      1'b0 : begin
        result = input_0;
      end
      default : begin
        result = input_1;
      end
    endcase
    MUX_s_1_2_2 = result;
  end
  endfunction
  function [9:0] MUX_v_10_2_2;
    input [9:0] input_0;
    input [9:0] input_1;
    input [0:0] sel;
    reg [9:0] result;
  begin
    case (sel)
      1'b0 : begin
        result = input_0;
      end
      default : begin
        result = input_1;
      end
    endcase
    MUX_v_10_2_2 = result;
  end
  endfunction
  function [3:0] MUX_v_4_2_2;
    input [3:0] input_0;
    input [3:0] input_1;
    input [0:0] sel;
    reg [3:0] result;
  begin
    case (sel)
      1'b0 : begin
        result = input_0;
      end
      default : begin
        result = input_1;
      end
    endcase
    MUX_v_4_2_2 = result;
  end
  endfunction
  function [4:0] conv_u2u_4_5 ;
    input [3:0] vector ;
  begin
    conv_u2u_4_5 = {1'b0, vector};
  end
  endfunction
endmodule
// ------------------------------------------------------------------
// Design Unit: HLS_fp16_to_fp17
// ------------------------------------------------------------------
module HLS_fp16_to_fp17 (
  nvdla_core_clk, nvdla_core_rstn, chn_a_rsc_z, chn_a_rsc_vz, chn_a_rsc_lz, chn_o_rsc_z,
      chn_o_rsc_vz, chn_o_rsc_lz
);
  input nvdla_core_clk;
  input nvdla_core_rstn;
  input [15:0] chn_a_rsc_z;
  input chn_a_rsc_vz;
  output chn_a_rsc_lz;
  output [16:0] chn_o_rsc_z;
  input chn_o_rsc_vz;
  output chn_o_rsc_lz;
// Interconnect Declarations
  wire chn_a_rsci_oswt;
  wire chn_a_rsci_oswt_unreg;
  wire chn_o_rsci_oswt;
  wire chn_o_rsci_oswt_unreg;
// Interconnect Declarations for Component Instantiations
  FP16_TO_FP17_chn_a_rsci_unreg chn_a_rsci_unreg_inst (
      .in_0(chn_a_rsci_oswt_unreg),
      .outsig(chn_a_rsci_oswt)
    );
  FP16_TO_FP17_chn_o_rsci_unreg chn_o_rsci_unreg_inst (
      .in_0(chn_o_rsci_oswt_unreg),
      .outsig(chn_o_rsci_oswt)
    );
  HLS_fp16_to_fp17_core HLS_fp16_to_fp17_core_inst (
      .nvdla_core_clk(nvdla_core_clk),
      .nvdla_core_rstn(nvdla_core_rstn),
      .chn_a_rsc_z(chn_a_rsc_z),
      .chn_a_rsc_vz(chn_a_rsc_vz),
      .chn_a_rsc_lz(chn_a_rsc_lz),
      .chn_o_rsc_z(chn_o_rsc_z),
      .chn_o_rsc_vz(chn_o_rsc_vz),
      .chn_o_rsc_lz(chn_o_rsc_lz),
      .chn_a_rsci_oswt(chn_a_rsci_oswt),
      .chn_a_rsci_oswt_unreg(chn_a_rsci_oswt_unreg),
      .chn_o_rsci_oswt(chn_o_rsci_oswt),
      .chn_o_rsci_oswt_unreg(chn_o_rsci_oswt_unreg)
    );
endmodule